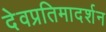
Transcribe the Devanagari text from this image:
देवप्रतिमादर्शन